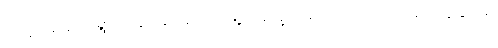
ဆိုသူတို့မှ ကျေးရွာအတွင်းနှင့် ချုံကင်းမြို့မှ အက္ခရာယာဉ်များကို ပြောင်းလဲနေခြင်းမှာ